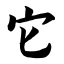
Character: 它